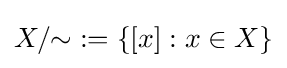
X/{\mathord {\sim }}:=\{[x]:x\in X\}